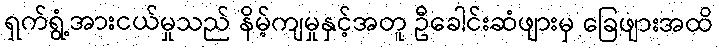
ရှက်ရွံ့အားငယ်မှုသည် နိမ့်ကျမှုနှင့်အတူ ဦခေါင်းဆံဖျားမှ ခြေဖျားအထိ